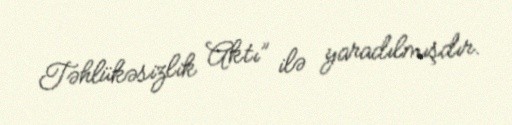
Təhlükəsizlik Aktı” ilə yaradılmışdır.